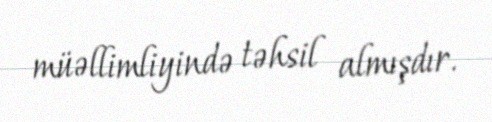
müəllimliyində təhsil almışdır.